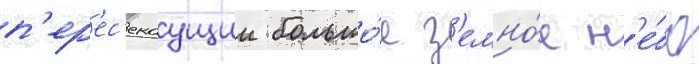
п'ер'ес'екаущии большо́е з'емно́е н'е́бо